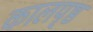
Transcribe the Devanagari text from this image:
कालपृष्ठ